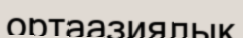
ортаазиялық